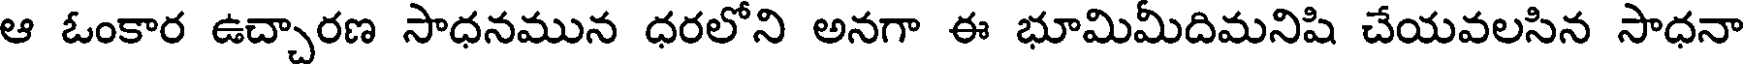
ఆ ఓంకార ఉచ్చారణ సాధనమున ధరలోని అనగా ఈ భూమిమీదిమనిషి చేయవలసిన సాధనా